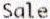
SALE